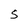
Character: S